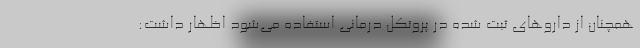
همچنان از داروهای ثبت شده در پروتکل درمانی استفاده می‌شود اظهار داشت: